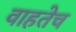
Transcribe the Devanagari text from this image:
वाहतेच